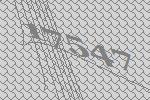
17547